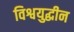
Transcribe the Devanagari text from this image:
विश्वयुद्धीन